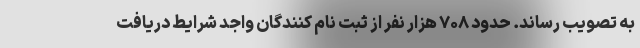
به تصویب رساند. حدود ۷۰۸ هزار نفر از ثبت نام کنندگان واجد شرایط دریافت